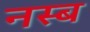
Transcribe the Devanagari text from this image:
नस्ब